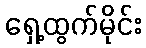
ရှေ့ထွက်မိုင်း